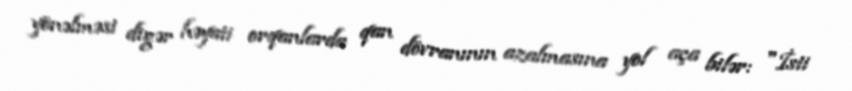
yönəlməsi digər həyati orqanlarda qan dövranının azalmasına yol aça bilər: "İsti